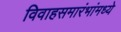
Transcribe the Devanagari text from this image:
विवाहसमारंभांमध्ये